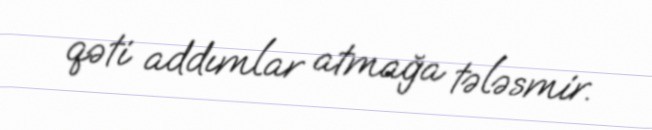
qəti addımlar atmağa tələsmir.